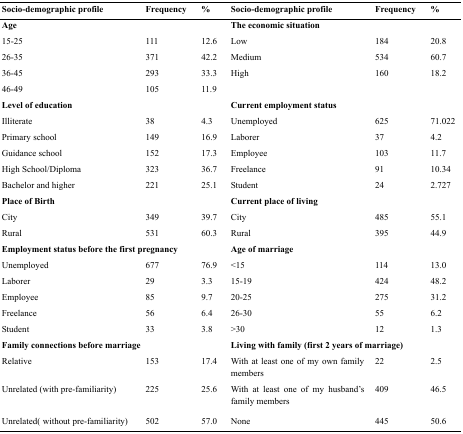
| Socio-demographic profile | Frequency | % | Socio-demographic profile | Frequency | % |
 | --- | --- | --- | --- | --- | --- |
 | Age |  |  | <COLSPAN=3> The economic situation |  |
 | 15-25 | 111 | 12.6 | Low | 184 | 20.8 |
 | 26-35 | 371 | 42.2 | Medium | 534 | 60.7 |
 | 36-45 | 293 | 33.3 | High | 160 | 18.2 |
 | 46-49 | 105 | 11.9 |  |  |  |
 | <COLSPAN=3> Level of education | <COLSPAN=3> Current employment status |
 | Illiterate | 38 | 4.3 | Unemployed | 625 | 71.022 |
 | Primary school | 149 | 16.9 | Laborer | 37 | 4.2 |
 | Guidance school | 152 | 17.3 | Employee | 103 | 11.7 |
 | High School/Diploma | 323 | 36.7 | Freelance | 91 | 10.34 |
 | Bachelor and higher | 221 | 25.1 | Student | 24 | 2.727 |
 | <COLSPAN=3> Place of Birth | <COLSPAN=3> Current place of living |
 | City | 349 | 39.7 | City | 485 | 55.1 |
 | Rural | 531 | 60.3 | Rural | 395 | 44.9 |
 | <COLSPAN=3> Employment status before the first pregnancy | <COLSPAN=3> Age of marriage |
 | Unemployed | 677 | 76.9 | <15 | 114 | 13.0 |
 | Laborer | 29 | 3.3 | 15-19 | 424 | 48.2 |
 | Employee | 85 | 9.7 | 20-25 | 275 | 31.2 |
 | Freelance | 56 | 6.4 | 26-30 | 55 | 6.2 |
 | Student | 33 | 3.8 | >30 | 12 | 1.3 |
 | <COLSPAN=3> Family connections before marriage | <COLSPAN=3> Living with family (first 2 years of marriage) |
 | Relative | 153 | 17.4 | With at least one of my own family members | 22 | 2.5 |
 | Unrelated (with pre-familiarity) | 225 | 25.6 | With at least one of my husband's family members | 409 | 46.5 |
 | Unrelated(without pre-familiarity) | 502 | 57.0 | None | 445 | 50.6 |